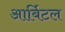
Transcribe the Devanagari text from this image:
आर्बिटल